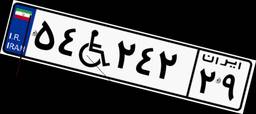
۹۷W۳۸۳۵۵